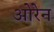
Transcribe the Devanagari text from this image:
ओरेन